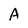
Character: A